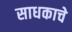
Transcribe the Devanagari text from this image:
साधकाचे